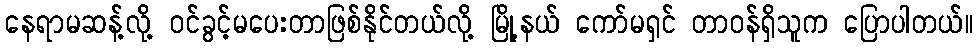
နေရာမဆန့်လို့ ဝင်ခွင့်မပေးတာဖြစ်နိုင်တယ်လို့ မြို့နယ် ကော်မရှင် တာဝန်ရှိသူက ပြောပါတယ်။